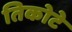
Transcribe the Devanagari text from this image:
तिकोटे